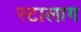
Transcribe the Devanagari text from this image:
स्टालाग